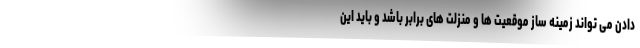
دادن می تواند زمینه ساز موقعیت ها و منزلت های برابر باشد و باید این